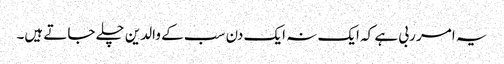
یہ امر ربی ہے کہ ایک نہ ایک دن سب کے والدین چلے جاتے ہیں۔